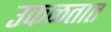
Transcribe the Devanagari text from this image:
उकळतात